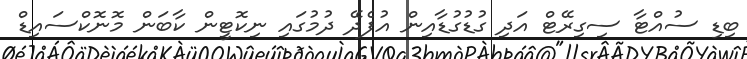
ބިޑި ސުއްޓާ ސިގިރޭޓް އަދި ގުޑުގުޑާއިން އުފެދޭ ދުމުގައި ނިކޮޓީން ކާބަން މޮނޮކްސައިޑް